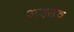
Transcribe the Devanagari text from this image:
अड़सठ